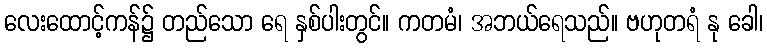
လေးထောင့်ကန်၌ တည်သော ရေ နှစ်ပါးတွင်။ ကတမံ၊ အဘယ်ရေသည်။ ဗဟုတရံ နု ခေါ၊